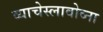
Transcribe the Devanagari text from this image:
व्याचेस्लावोव्ना